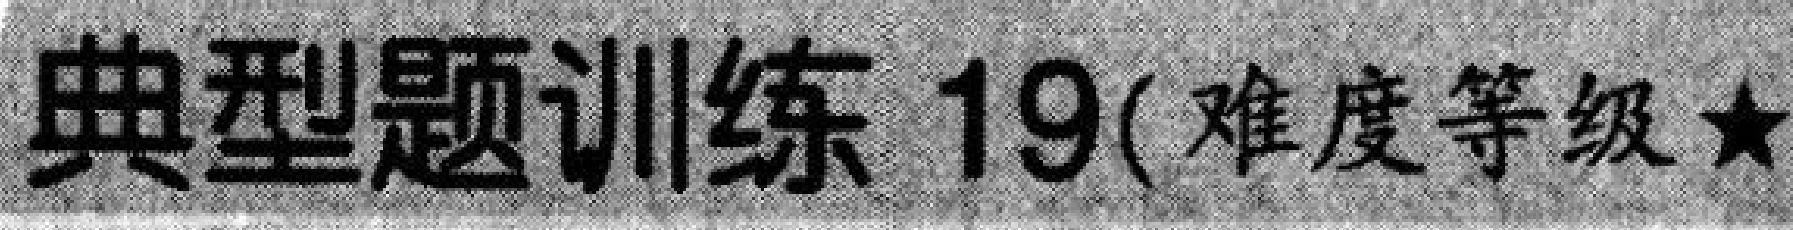
典型题训练 19(难度等级★)